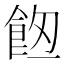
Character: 𩛀